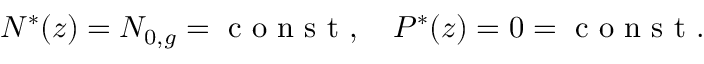
N ^ { * } ( z ) = N _ { 0 , g } = \mathrm { ~ c ~ o ~ n ~ s ~ t ~ } , \ \ \ P ^ { * } ( z ) = 0 = \mathrm { ~ c ~ o ~ n ~ s ~ t ~ } .